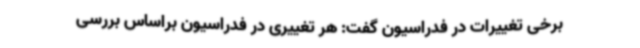
برخی تغییرات در فدراسیون‌ گفت: هر تغییری در فدراسیون براساس بررسی